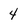
Character: 4